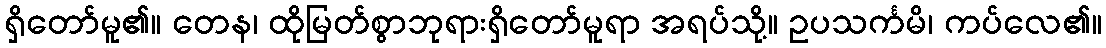
ရှိတော်မူ၏။ တေန၊ ထိုမြတ်စွာဘုရားရှိတော်မူရာ အရပ်သို့။ ဥပသင်္ကမိ၊ ကပ်လေ၏။